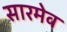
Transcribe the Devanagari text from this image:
सारमेव